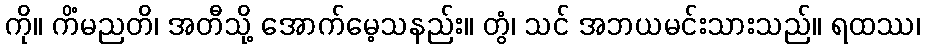
ကို။ ကိံမညတိ၊ အတီသို့ အောက်မေ့သနည်း။ တွံ၊ သင် အဘယမင်းသားသည်။ ရထဿ၊